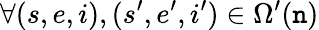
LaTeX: \forall(s,e,i),(s^{\prime},e^{\prime},i^{\prime})\in\Omega^{\prime}(\mathtt{n})